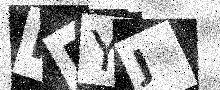
Text: KRYJ